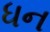
ધન